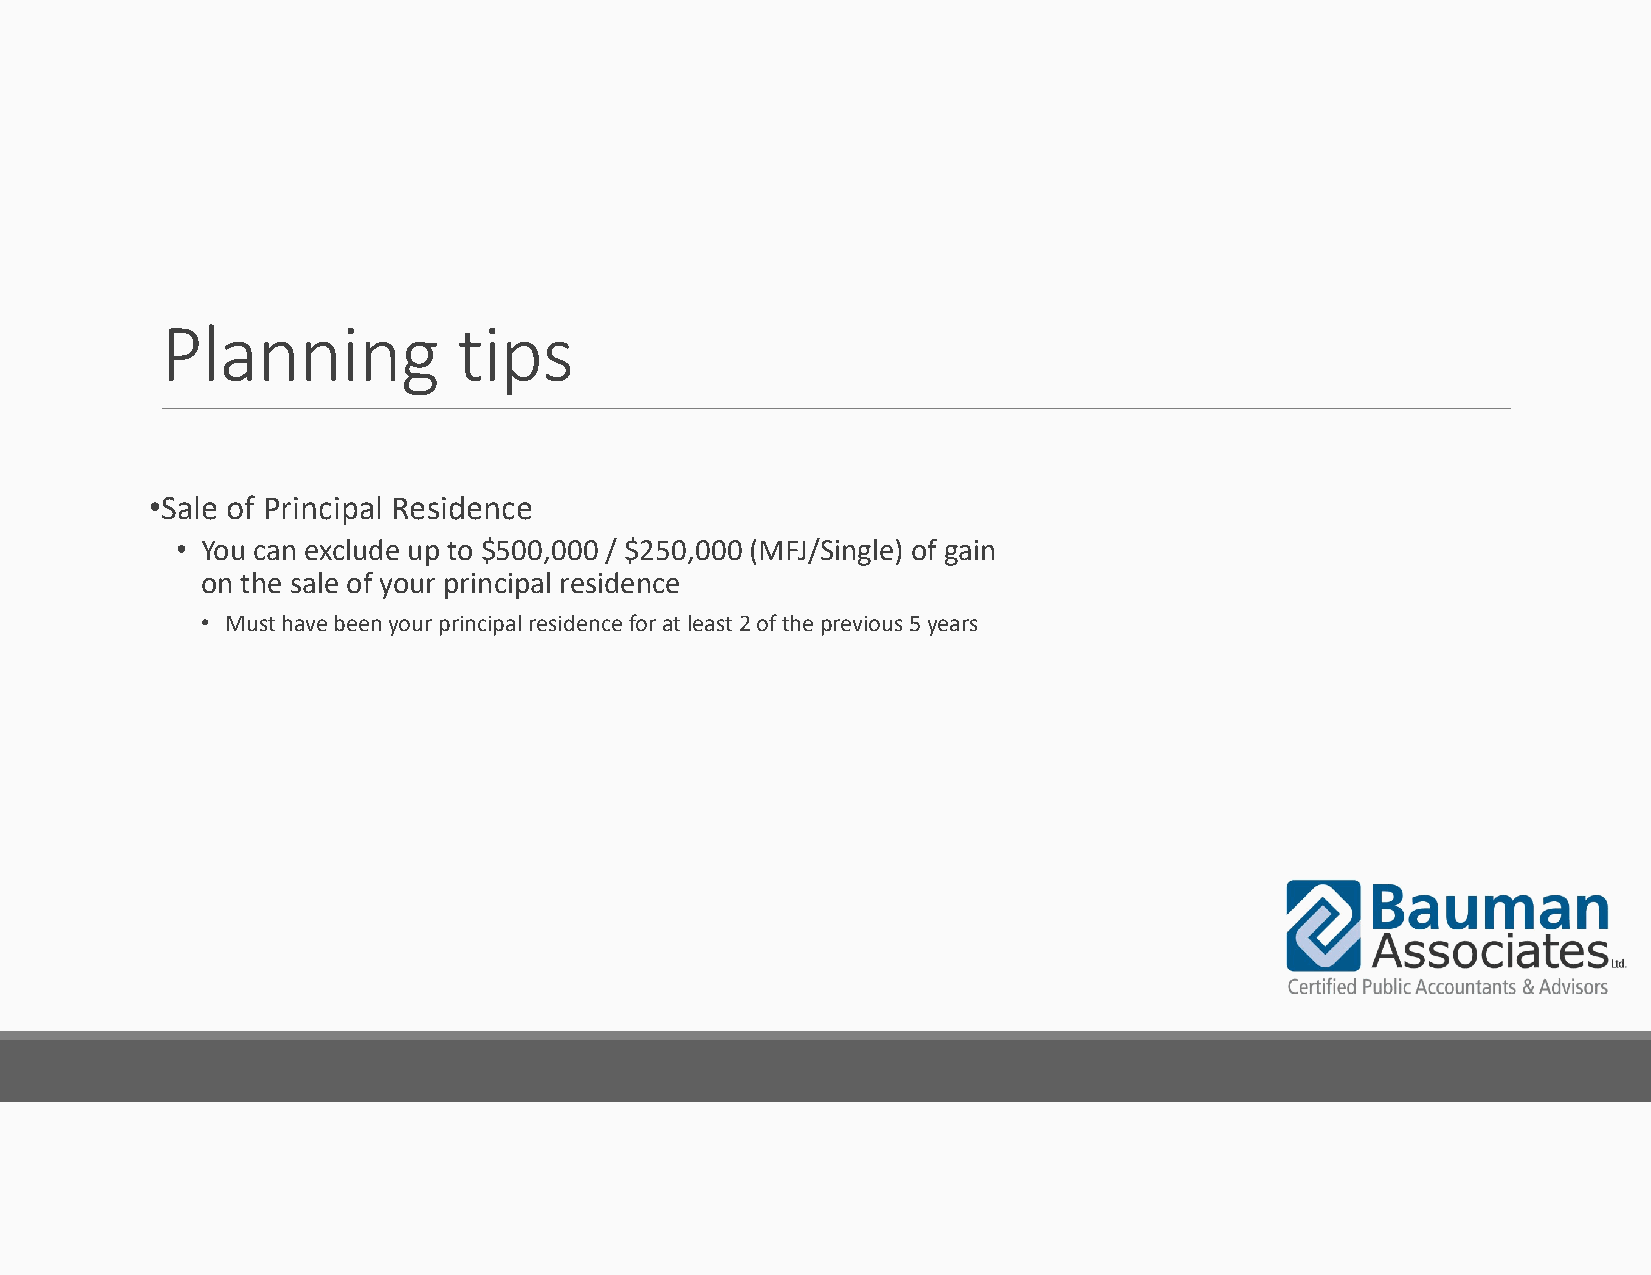
Planning           tips
 •Sale of Principal Residence
 • You can exclude up to $500,000 / $250,000 (MFJ/Single) of gain
 on the sale of your principal residence
 • Must have been your principal residence for at least 2 of the previous 5 years